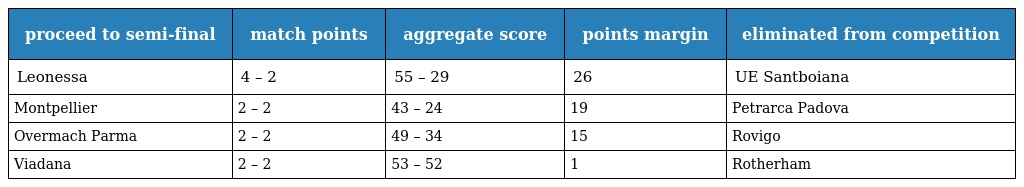
| proceed to semi-final | match points | aggregate score | points margin | eliminated from competition |
 | --- | --- | --- | --- | --- |
 | Leonessa | 4 – 2 | 55 – 29 | 26 | UE Santboiana |
 | Montpellier | 2 – 2 | 43 – 24 | 19 | Petrarca Padova |
 | Overmach Parma | 2 – 2 | 49 – 34 | 15 | Rovigo |
 | Viadana | 2 – 2 | 53 – 52 | 1 | Rotherham |